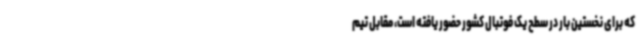
که برای نخستین بار در سطح یک فوتبال کشور حضور یافته است، مقابل تیم